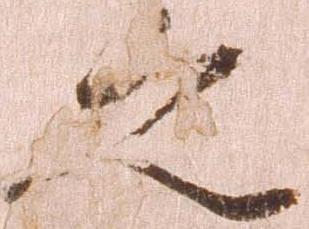
之